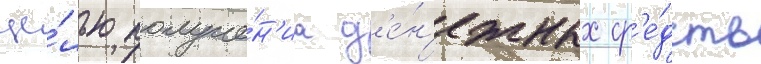
це́лью получе́н'иа д'е́н'ежных ср'е́дств